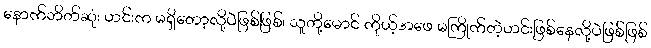
နောက်ဘိတ်ဆုံး ဟင်းက မရှိတော့လို့ပဲဖြစ်ဖြစ်၊ သူတို့မောင် ကိုယ့်အဖေ မကြိုက်တဲ့ဟင်းဖြစ်နေလို့ပဲဖြစ်ဖြစ်